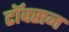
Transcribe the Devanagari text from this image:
टॉवसन